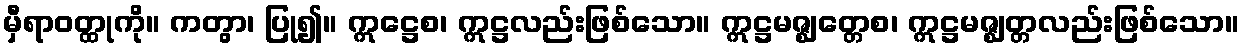
မှီရာဝတ္ထုကို။ ကတွာ၊ ပြု၍။ ဣဋ္ဌေစ၊ ဣဋ္ဌလည်းဖြစ်သော။ ဣဋ္ဌမဇ္ဈတ္တေစ၊ ဣဋ္ဌမဇ္ဈတ္တလည်းဖြစ်သော။